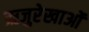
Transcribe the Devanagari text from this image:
ऋजुरेखाओं